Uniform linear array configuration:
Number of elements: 32
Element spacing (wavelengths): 0.5
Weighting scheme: cosine
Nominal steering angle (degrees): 0
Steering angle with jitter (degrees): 0.4167
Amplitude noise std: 0.05
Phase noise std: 0.05

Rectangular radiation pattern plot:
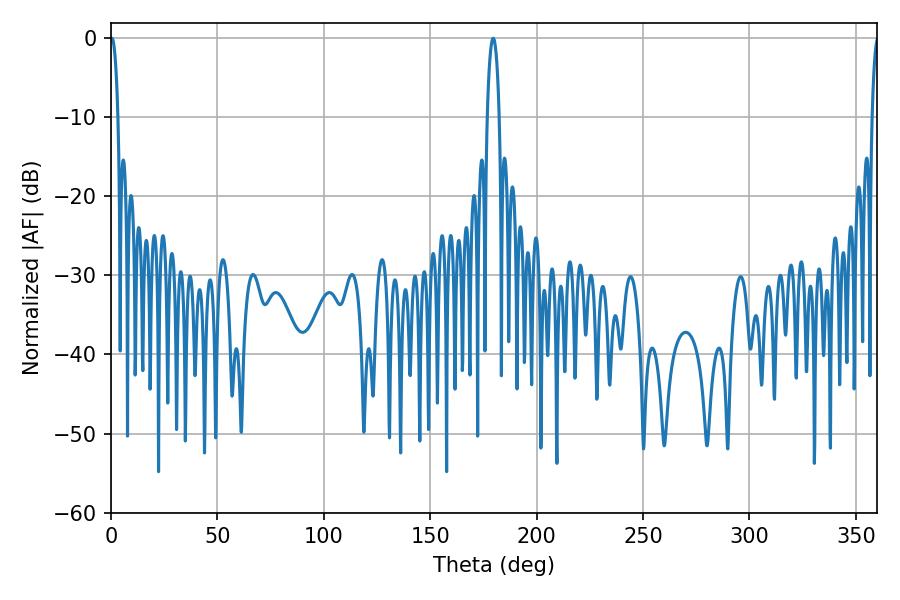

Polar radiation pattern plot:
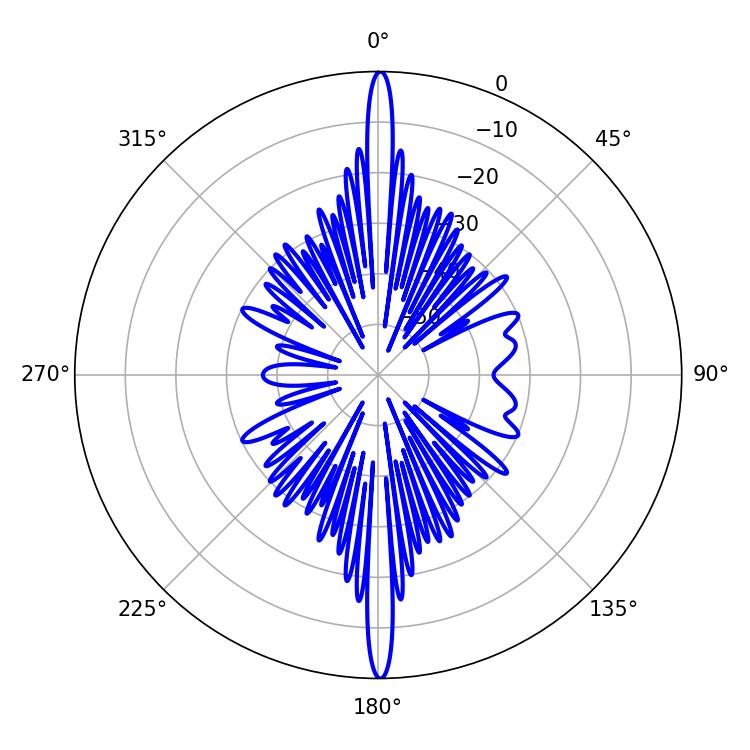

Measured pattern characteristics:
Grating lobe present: FALSE
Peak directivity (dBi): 32.031
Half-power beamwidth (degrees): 1.98
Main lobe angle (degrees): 0.36